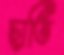
ছাতি